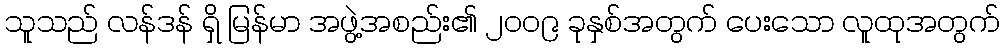
သူသည် လန်ဒန် ရှိ မြန်မာ အဖွဲ့အစည်း၏ ၂၀၀၉ ခုနှစ်အတွက် ပေးသော လူထုအတွက်